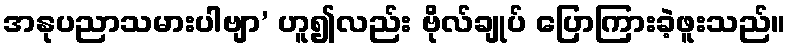
အနုပညာသမားပါဗျာ’ ဟူ၍လည်း ဗိုလ်ချုပ် ပြောကြားခဲ့ဖူးသည်။